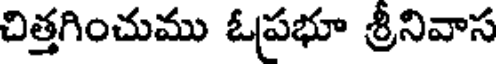
చిత్తగించుము ఓప్రభూ శ్రీనివాస